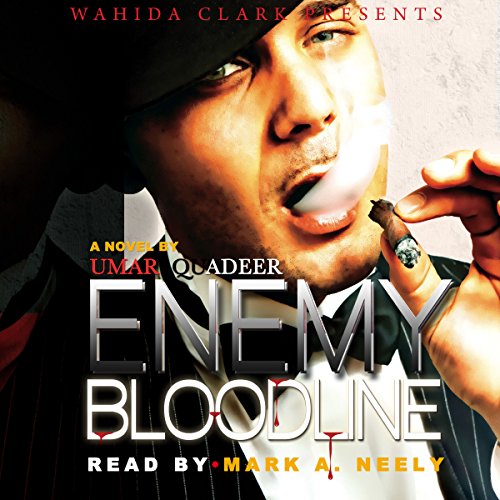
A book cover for Wahida Clark Presents: Enemy Bloodline; Umar Quadeer; Romance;